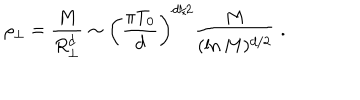
\rho _ { \perp } = { \frac { M } { R _ { \perp } ^ { d } } } \sim \left( { \frac { \pi T _ { 0 } } { d } } \right) ^ { d / 2 } { \frac { M } { ( \ln { M } ) ^ { d / 2 } } } \; .